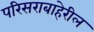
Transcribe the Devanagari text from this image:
परिसराबाहेरील